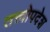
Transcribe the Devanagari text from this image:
तत्त्वोपदेश